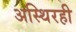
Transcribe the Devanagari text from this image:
अस्थिरही